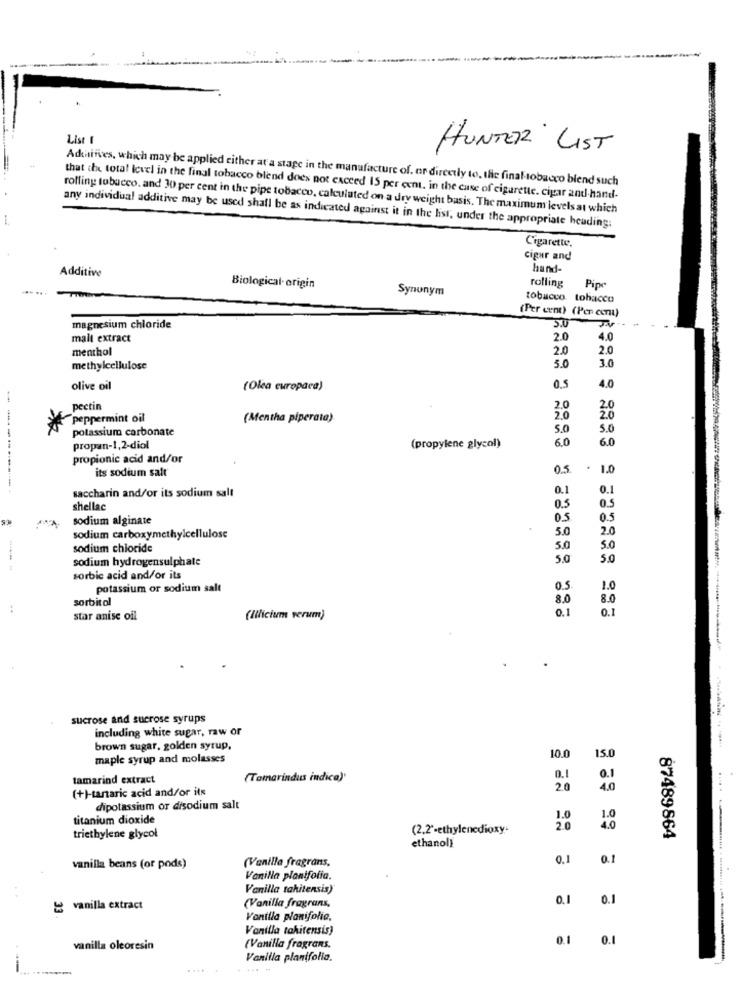
List 1
HUNTER LIST
Additifves, which may be applied either at a stage in the manufacture of. or directly to, the finaltobacco blend such
that che total Icvel in the final tobacco blend does not exceed 15 per cent. in the case of cigarette. cigar and-hand-
rolling tobacco, and 30 per cent in the pipe tobacco, calculated on a dry weight basis. The maximum levels at which
any individual additive may be used shall be as indicated against it in the list, under the appropriate heading:
Cigarette.
cigar and
Additive
hand-
rolling
... .. .
Biological origin
Synonym
Pipe
tobacco tobacco
(Per cent) (Per cent)
magnesium chloride
malt extract
2.0
4.0
menthol
2.0
2.0
3.0
methylcellulose
5.0
4.0
olive oil
(Olea europaca)
0,5
pectin
2.0
2.0
* peppermint oil
(Mentha piperata).
2.0
2.0
potassium carbonate
5.0
5.0
6.0
6.0
propan-1,2-diol
(propylene glycol)
propionic acid and/or
its sodium salt
0.5.
.
1.0
------------
saccharin and/or its sodium salt
0.1
0.1
shellac
0.5
0.5
sodium alginate
05
0.5
5.0
2.0
sodium carboxymethylcellulose
sodium chloride
5.0
5.0
sodium hydrogensulphate
5.0
5.0
sorbic acid and/or its
potassium or sodium salt
0.5
1.0
sorbitol
8.0
8.0
.4
0.1
0.1
star anise oil
(Illicium verum)
sucrose and sucrose syrups
including white sugar, raw or
brown sugar, golden syrup,
10.0
15.0
maple syrup and molasses
tamarind extract
(Tamarindus indica)'
0.1
Q.
(+)-tartaric acid and/or its
2.0
4.0
dipotassium or disodium salt
titanium dioxide
1.0
(2,2'-ethylenedioxy-
20
triethylene glycol
ethanol)
87489864
(Vanilla fragrans,
0.1
0.1
vanilla beans (or pods)
Vanilla planifolia.
Vanilla takitensis)
0.1
0.1
& vanilla extract
(Vanilla fragrans,
Vanilla planifolia.
Vanilla takitensis)
0.1
0.1
vanilla oleoresin
(Vanilla fragrans.
Vanilla planifolia.
.....